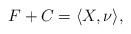
LaTeX: \begin{align*} F+C=\langle X, \nu\rangle, \end{align*}